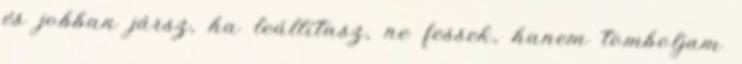
és jobban jársz, ha leállítasz, ne fessek, hanem tomboljam